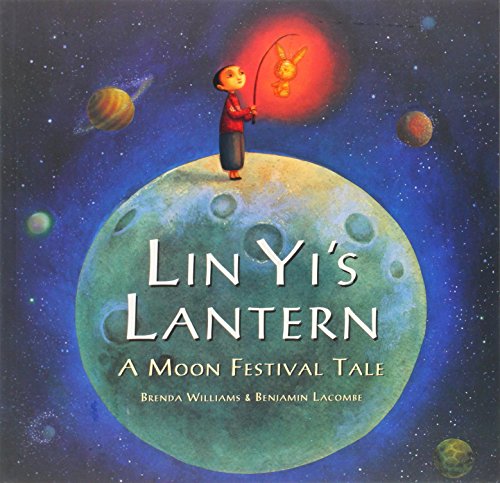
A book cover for Lin Yi's Lantern; Brenda Williams; Children's Books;